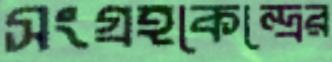
সংগ্রহকেন্দ্রের